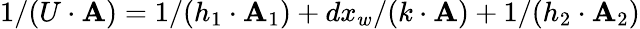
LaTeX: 1/(U\cdot\mathbf{A})=1/(h_{1}\cdot\mathbf{A}_{1})+dx_{w}/(k\cdot\mathbf{A})+1/(h_{2}\cdot\mathbf{A}_{2})